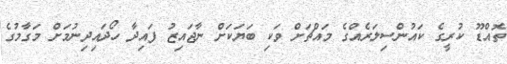
ތޮއްޑޫ ކުރީގެ ކައުންސިލަރެއްގެ މައްޗަށް ވަކި ބަޔަކަށް ނާޖައިޒު ފައިދާ ހޯދައިދިނުމަށް މަގާމުގެ